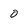
Character: 0